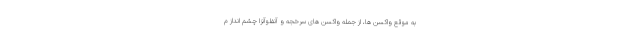
به موقع واکسن ها، از جمله واکسن های سرخجه و آنفلوآنزا چشم انداز م